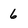
Character: 6